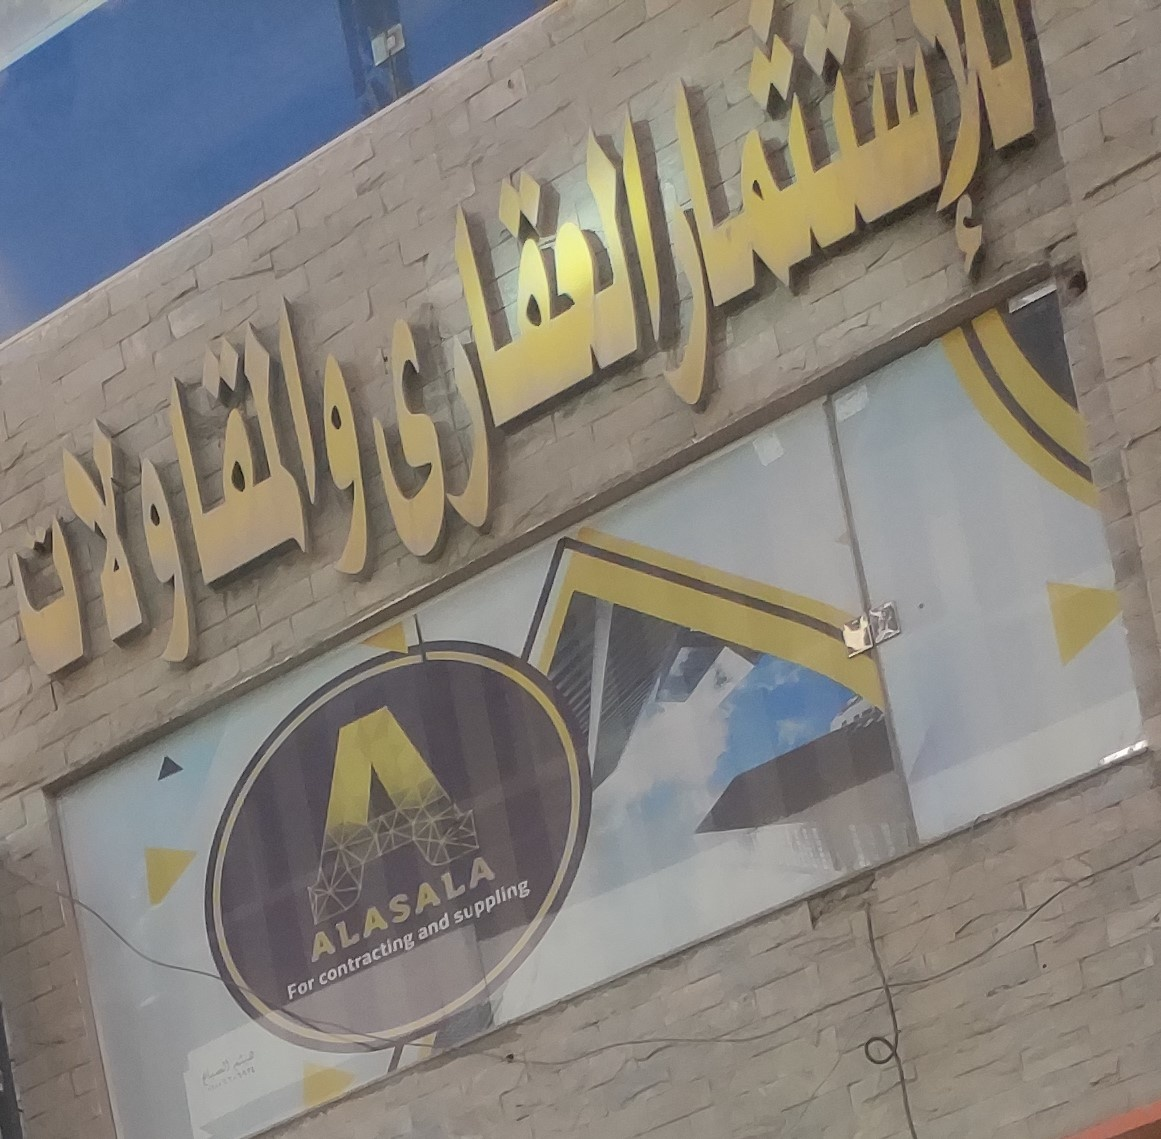
Text in image: للإستثمار العقارى والمقاولات A suppling ALASALA and contracting For